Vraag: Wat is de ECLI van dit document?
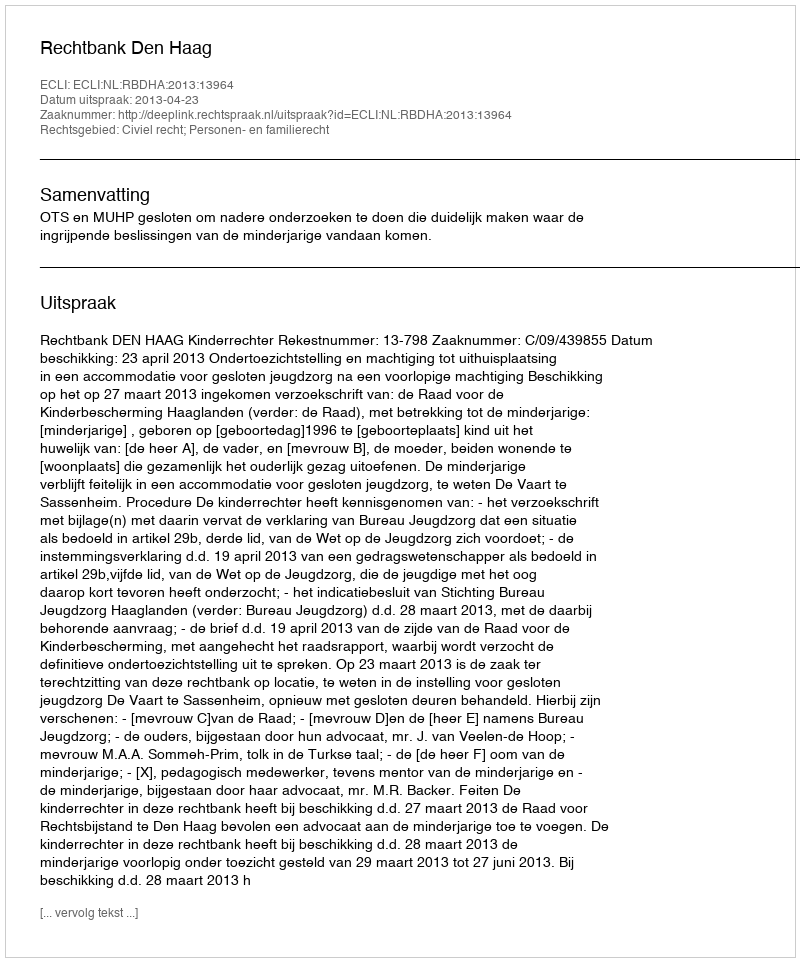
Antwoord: ECLI:NL:RBDHA:2013:13964